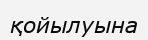
қойылуына